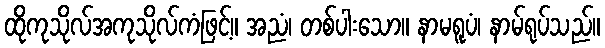
ထိုကုသိုလ်အကုသိုလ်ကံဖြင့်။ အညံ၊ တစ်ပါးသော။ နာမရူပံ၊ နာမ်ရုပ်သည်။